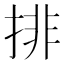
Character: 排